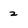
Character: z